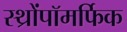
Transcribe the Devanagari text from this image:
स्थ्रोंपॉमर्फिक